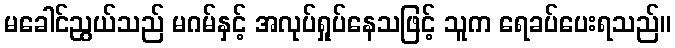
မခေါင်ညွယ်သည် မဂမ်နှင့် အလုပ်ရှုပ်နေသဖြင့် သူက ရေခပ်ပေးရသည်။